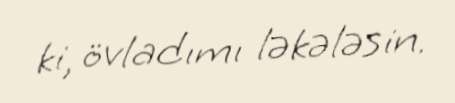
ki, övladımı ləkələsin.